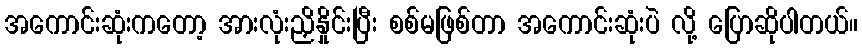
အကောင်းဆုံးကတော့ အားလုံးညှိနှိုင်းပြီး စစ်မဖြစ်တာ အကောင်းဆုံးပဲ လို့ ပြောဆိုပါတယ်။